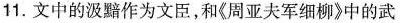
11.文中的汲黯作为文臣，和《周亚夫军细柳》中的武